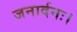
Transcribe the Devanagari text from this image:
जनार्दनः।